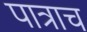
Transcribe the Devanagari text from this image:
पात्राच